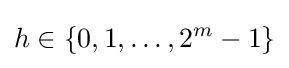
h\in \left\{0,1,\ldots ,2^{m}-1\right\}